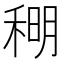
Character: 𫀹